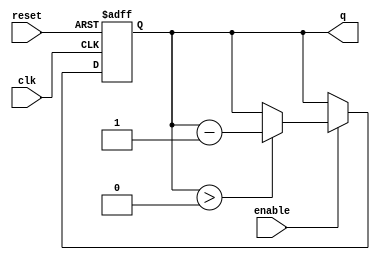
module binary_down_counter #(
    parameter N = 4 // Parameter for the number of bits in the counter
)(
    input wire clk,       // Clock input
    input wire reset,     // Active high reset
    input wire enable,    // Enable counting
    output reg [N-1:0] q // n-bit output count
);

    // Maximum value for the counter
    localparam MAX_COUNT = (1 << N) - 1; // 2^N - 1

    // Sequential logic for the counter
    always @(posedge clk or posedge reset) begin
        if (reset) begin
            q <= MAX_COUNT; // Reset to maximum value
        end else if (enable) begin
            if (q > 0) begin
                q <= q - 1; // Decrement the count
            end
            // If q is 0, it remains at 0 until reset or enabled again
        end
    end

endmodule